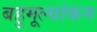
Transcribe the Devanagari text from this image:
बहुमूल्यांकन